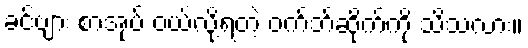
ခင်ဗျား စာအုပ် ဝယ်လို့ရတဲ့ ဝက်ဘ်ဆိုက်ကို သိသလား။